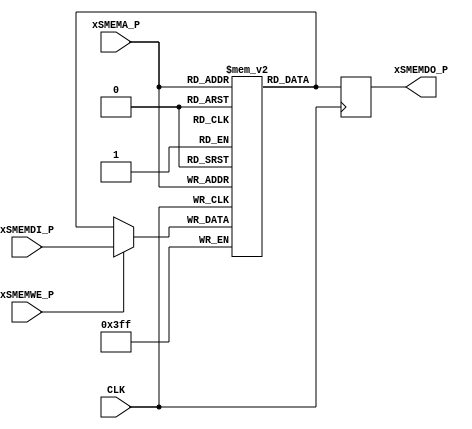
// Copyright (c) 2019 Naoki Hirayama
// Licensed under the Apache License, Version 2.0, see LICENSE for details.
// SPDX-License-Identifier: Apache-2.0

/* czsmem.v
   2019.4.8   Ver0.0 */

`timescale 1ns/1ps
//`define USE_XILINX_RAM_STYLE
`ifndef PC_WIDTH
    `define PC_WIDTH 10
`endif
`ifndef STACK_WIDTH
    `define STACK_WIDTH 4
`endif

module czsmem(CLK, xSMEMA_P, xSMEMWE_P, xSMEMDI_P, xSMEMDO_P);

    input CLK;
    input [`STACK_WIDTH-1:0] xSMEMA_P;
    input xSMEMWE_P;
    input [`PC_WIDTH-1:0] xSMEMDI_P;
    output [`PC_WIDTH-1:0] xSMEMDO_P;

    reg [`PC_WIDTH-1:0] DO;

`ifdef USE_XILINX_RAM_STYLE
    (* ram_style = "distributed" *)
`endif
    reg [`PC_WIDTH-1:0] ram [2**`STACK_WIDTH-1:0];

    always @(posedge CLK) begin
	DO <= ram [xSMEMA_P];
        ram [xSMEMA_P] <= xSMEMWE_P ? xSMEMDI_P : ram [xSMEMA_P];
    end

    assign xSMEMDO_P = DO;

endmodule